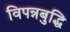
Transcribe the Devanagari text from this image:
विपन्नबुद्धि